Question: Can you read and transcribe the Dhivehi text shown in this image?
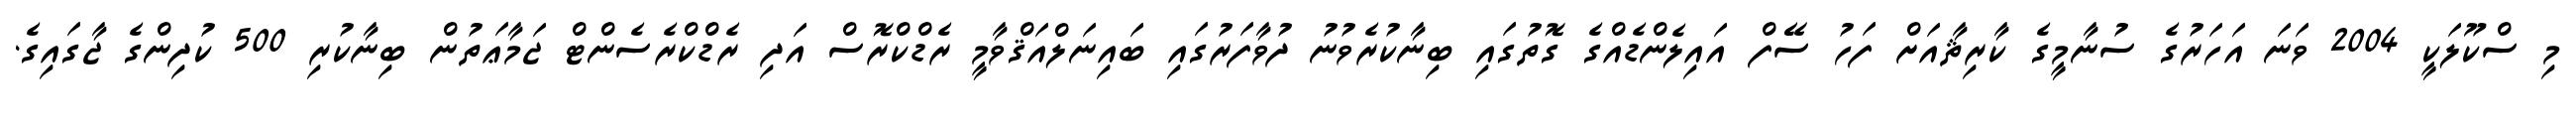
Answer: މި ސްކޫލަކީ 2004 ވަނަ އަހަރުގެ ސުނާމީގެ ކާރިޘާއަށް ފަހު ސޭފް އައިލެންޑެއްގެ ގޮތުގައި ބިނާކުރެވުނު ދުވާފަރުގައި ބައިނަލްއަޤްވާމީ ރެޑްކްރޮސް އަދި ރެޑްކްރެސެންޓް ޖަމާޢަތުން ބިނާކުރި 500 ކުދިންގެ ޖާގައިގެ.